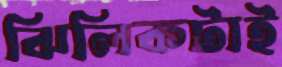
ঝিলিকটাই